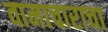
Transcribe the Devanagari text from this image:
वामाचाराचा